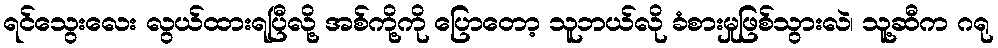
ရင်သွေးလေး လွယ်ထားရပြီလို့ အစ်ကို့ကို ပြောတော့ သူဘယ်လို ခံစားမှုဖြစ်သွားလဲ၊ သူ့ဆီက ဂရု